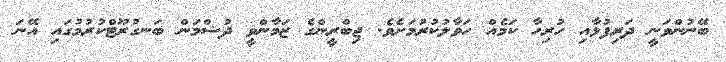
ބޭނުންވަނީ ދަރިފުޅާއި ހުރިހާ ކަމެއް ހަވާލުކުރުމަށެވެ. ޖިބްރީންގެ ޒަމާންވީ ދުޝްމަން ބަނގުރޫޓްކުރުމުގައި އޭނަ